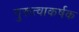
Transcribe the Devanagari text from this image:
गुरूत्वाकर्षक